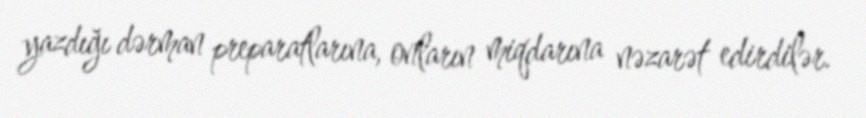
yazdığı dərman preparatlarına, onların miqdarına nəzarət edirdilər.